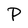
Character: P